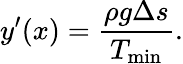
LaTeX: y^{\prime}(x)=\frac{\rho g\Delta s}{T_{\mathrm{min}}}.